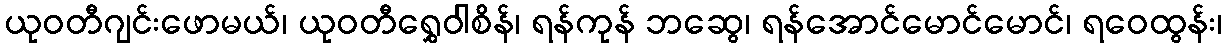
ယုဝတီဂျင်းဖောမယ်၊ ယုဝတီရွှေဝါစိန်၊ ရန်ကုန် ဘဆွေ၊ ရန်အောင်မောင်မောင်၊ ရဝေထွန်း၊